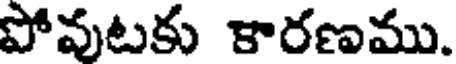
పోవుటకు కారణము.